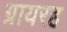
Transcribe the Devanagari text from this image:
ग्रायरह